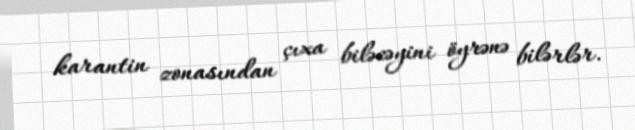
karantin zonasından çıxa biləcəyini öyrənə bilərlər.